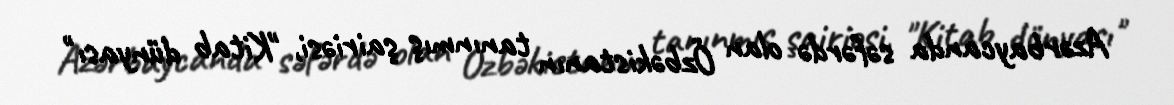
Azərbaycanda səfərdə olan Özbəkistanın tanınmış şairiəsi, "Kitab dünyası"